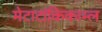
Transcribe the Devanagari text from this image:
मेटाटांकिकाम्ल